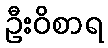
ဦးဝိစာရ